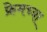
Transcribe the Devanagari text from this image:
फ्रेमच्या